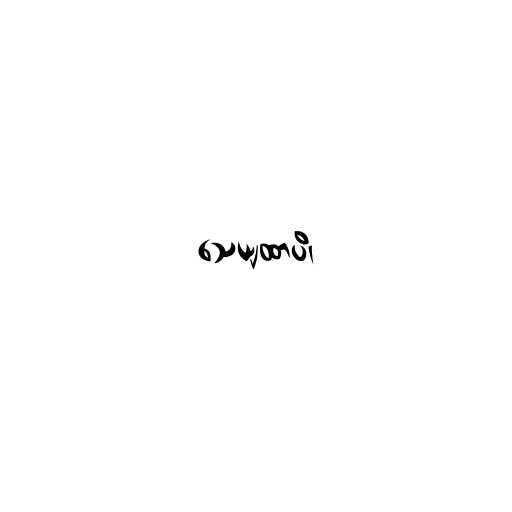
သေယျထာပိ၊